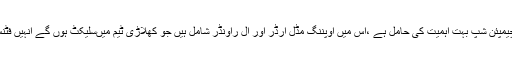
ان کا کہنا تھا کہ چیمپئن شپ بہت اہمیت کی حامل ہے ،اس میں اوپننگ مڈل آرڈر اور آل راؤنڈر شامل ہیں جو کھلاڑی ٹیم میںسلیکٹ ہوں گے انہیں فٹنس پاس کرنا ہوگا ۔